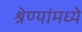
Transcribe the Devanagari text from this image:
श्रेण्यांमध्ये